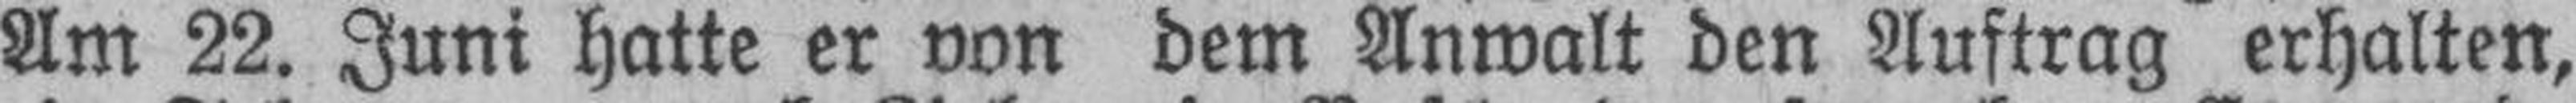
Am 22. Juni hatte er von dem Anwalt den Auftrag erhalten,